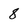
Character: 8